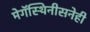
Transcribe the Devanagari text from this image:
मेगॅस्थिनीसनेही